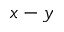
x - y